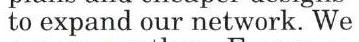
to expand our network. We